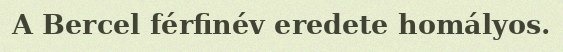
A Bercel férfinév eredete homályos.